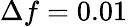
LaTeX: \Delta f=0.01